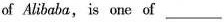
of Alibaba, is one of___